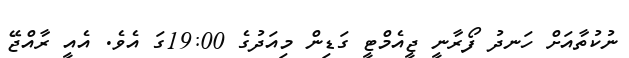
ނުކުތާއަށް ހަނދު ފޯރާނީ ޖީއެމްޓީ ގަޑިން މިއަދުގެ 19:00ގަ އެވެ. އެއީ ރާއްޖޭ